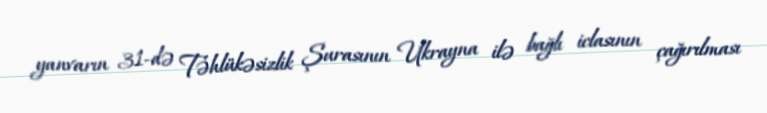
yanvarın 31-də Təhlükəsizlik Şurasının Ukrayna ilə bağlı iclasının çağırılması